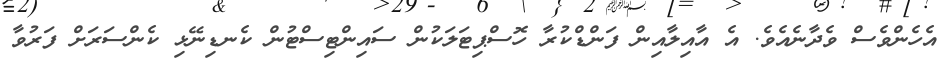
އެހެންވެސް ވެދާނެއެވެ. އެ އާއިލާއިން ފަންޑްކުރާ ހޮސްޕިޓަލަކުން ސައިންޓިސްޓުން ކެނޑިނޭޅި ކެންސަރަށް ފަރުވާ